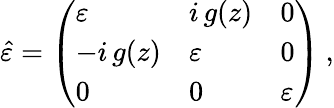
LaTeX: \hat{\varepsilon}=\left(\begin{array}{lll}{\varepsilon}&{i\, g(z)}&{0}\\ {-i\, g(z)}&{\varepsilon}&{0}\\ {0}&{0}&{\varepsilon}\end{array}\right)\: ,